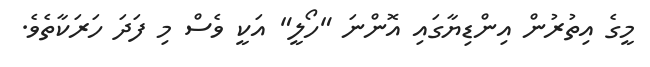
މީގެ އިތުރުން އިންޑިޔާގައި އޮންނަ "ހޯލީ" އަކީ ވެސް މި ފަދަ ހަރަކާތެވެ.